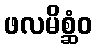
ဖလမိစ္ဆံဝ